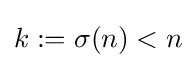
k:=\sigma (n)<n